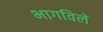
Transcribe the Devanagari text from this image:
भागविले